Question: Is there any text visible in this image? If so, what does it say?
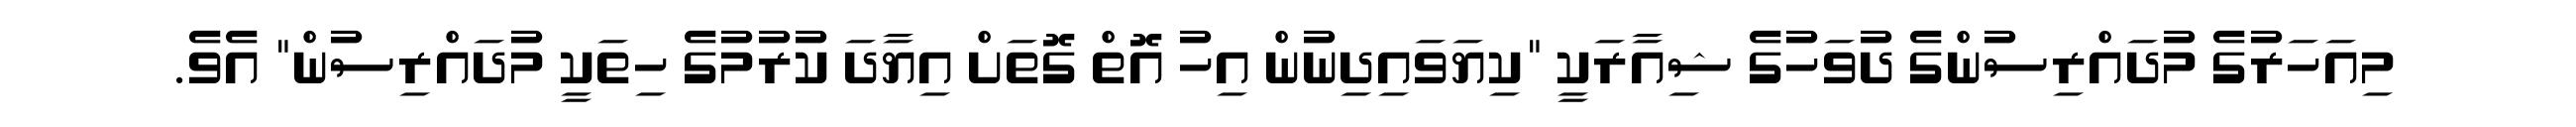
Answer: މިއަހަރުގެ މުދައްރިސުންގެ ދުވަހުގެ ޝިއާރަކީ "ކިޔަވައިދިނުން އިހު އޮތް ގޮތަށް އިޔާދަ ކުރުމުގެ ހިތަކީ މުދައްރިސުން" އެވެ.